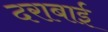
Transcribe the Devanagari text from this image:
दराबाई